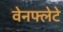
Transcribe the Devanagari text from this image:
वेनफ्लेटे